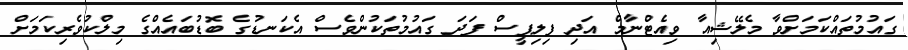
ގައުމުތައްކަމަށްވާ މެލޭޝިއާ ވިއެޓްނާމް އަދި ފިލިޕީސް ފަދަ ގައުމުތަކުންވެސް އެކަނޑުގެ ބޮޑުބައެއްގެ މިލްކުވެރިކަމަށް